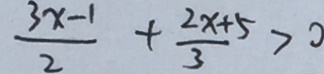
\frac { 3 x - 1 } { 2 } + \frac { 2 x + 5 } { 3 } > 0